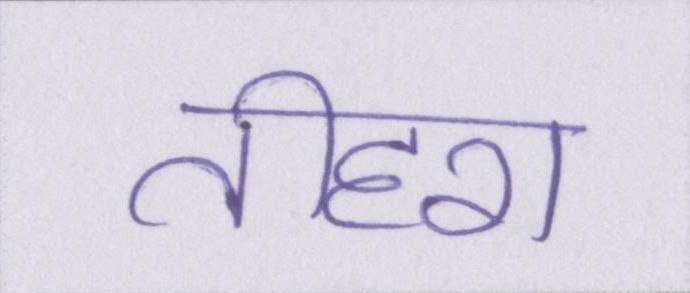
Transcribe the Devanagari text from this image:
तीहरा